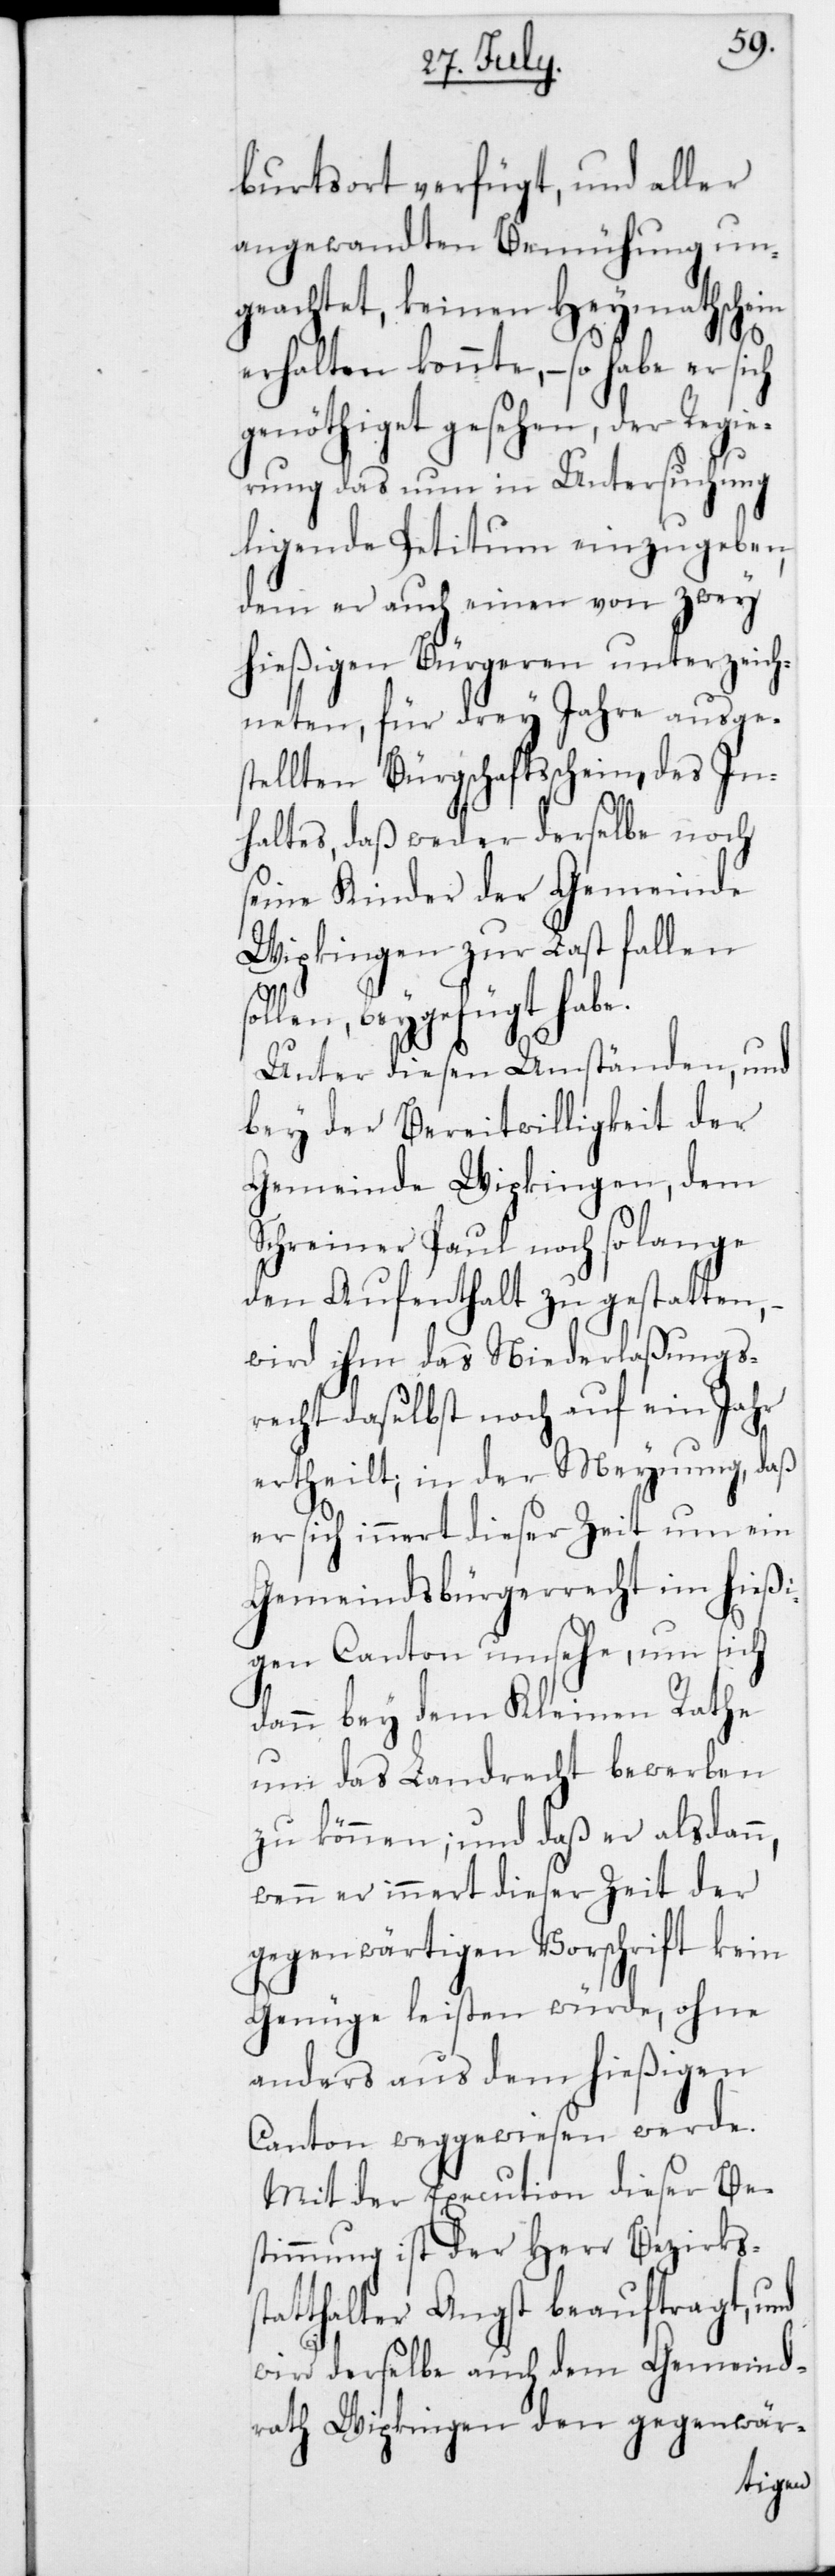
burtsort verfügt, und aller
angewandten Bemühungen un¬
geachtet, keinen Heymathschein
erhalten konnte, – so habe er
genöthiget gesehen, der Regie¬
rung das nun in Untersuchung
liegende Petitum einzugeben,
dem er auch einen von zwey
hießigen Bürgeren unterzeich¬
neten, für drey Jahre ausges¬
tellten Bürgschaftsschein des In¬
haltes, daß weder derselbe noch
seine Kinder der Gemeinde
Wipkingen zur Last fallen s¬
ollen, beygefügt habe.
Unter diesen Umständen, und
bey der Bereitwilligkeit der
Gemeinde Wipkingen , dem
Schreiner Paul noch so lange
den Aufenthalt zu gestatten,
wird ihm das Niederlaßungs¬
recht daselbst noch auf ein Jahr
ertheilt, in der Meynung, daß
er sich innert dieser Zeit, um ein
Gemeindsbürgerrecht im hießi¬
gen Canton umsehe, um sich
dann bey dem Kleinen Rathe
um das Landrecht bewerben
zu können; und daß er alsdann,
wenn er innert dieser Zeit der
gegenwärtigen Vorschrift kein
Genüge leisten würde, ohne
anders aus dem hießigen
Canton weggewiesen werde.
Mit der Execution dieser Bes¬
timmung ist der Herr Bezirkss¬
tatthalter Angst beauftragt, und
wird derselbe auch dem Gemeind¬
rath Wipkingen den gegenwär-